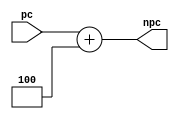
// npc.v

module NPC(
	input [31:0] pc,
	output [31:0] npc
    );

	assign npc = pc + 4;
	
endmodule